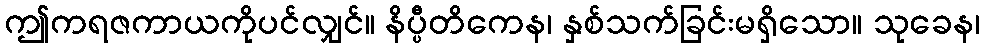
ဤကရဇကာယကိုပင်လျှင်။ နိပ္ပီတိကေန၊ နှစ်သက်ခြင်းမရှိသော။ သုခေန၊